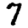
Digit: 7